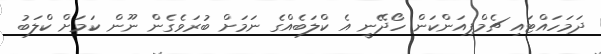
ދަމަހައްޓައި ޗެމްޕިއަންކަން ހޯދޭނީ އެ ކްލަބެއްގެ ނަމަށް ބުރަވެގެން ނޫން ކަމަށް ކްލަބު